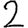
Digit: 2